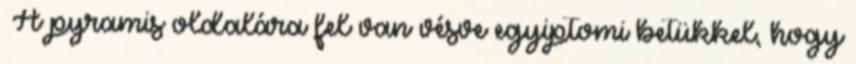
«A pyramis oldalára fel van vésve egyiptomi betükkel, hogy